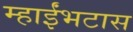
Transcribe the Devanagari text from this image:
म्हाईंभटास